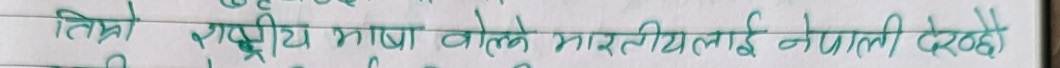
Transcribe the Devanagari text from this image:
तिन्रो राष्ट्रिय भाषा बोल्ने भारतीयलाई नेपाली देख्दै